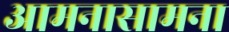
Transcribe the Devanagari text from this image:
आमनासामना